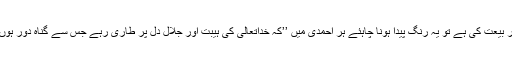
اگر بیعت کی ہے تو یہ رنگ پیدا ہونا چاہئے ہر احمدی میں ’’کہ خداتعالیٰ کی ہیبت اور جلال دل پر طاری رہے جس سے گناہ دور ہوں‘‘۔